Tartu_pedagoogiumi_aruanded, lk 26
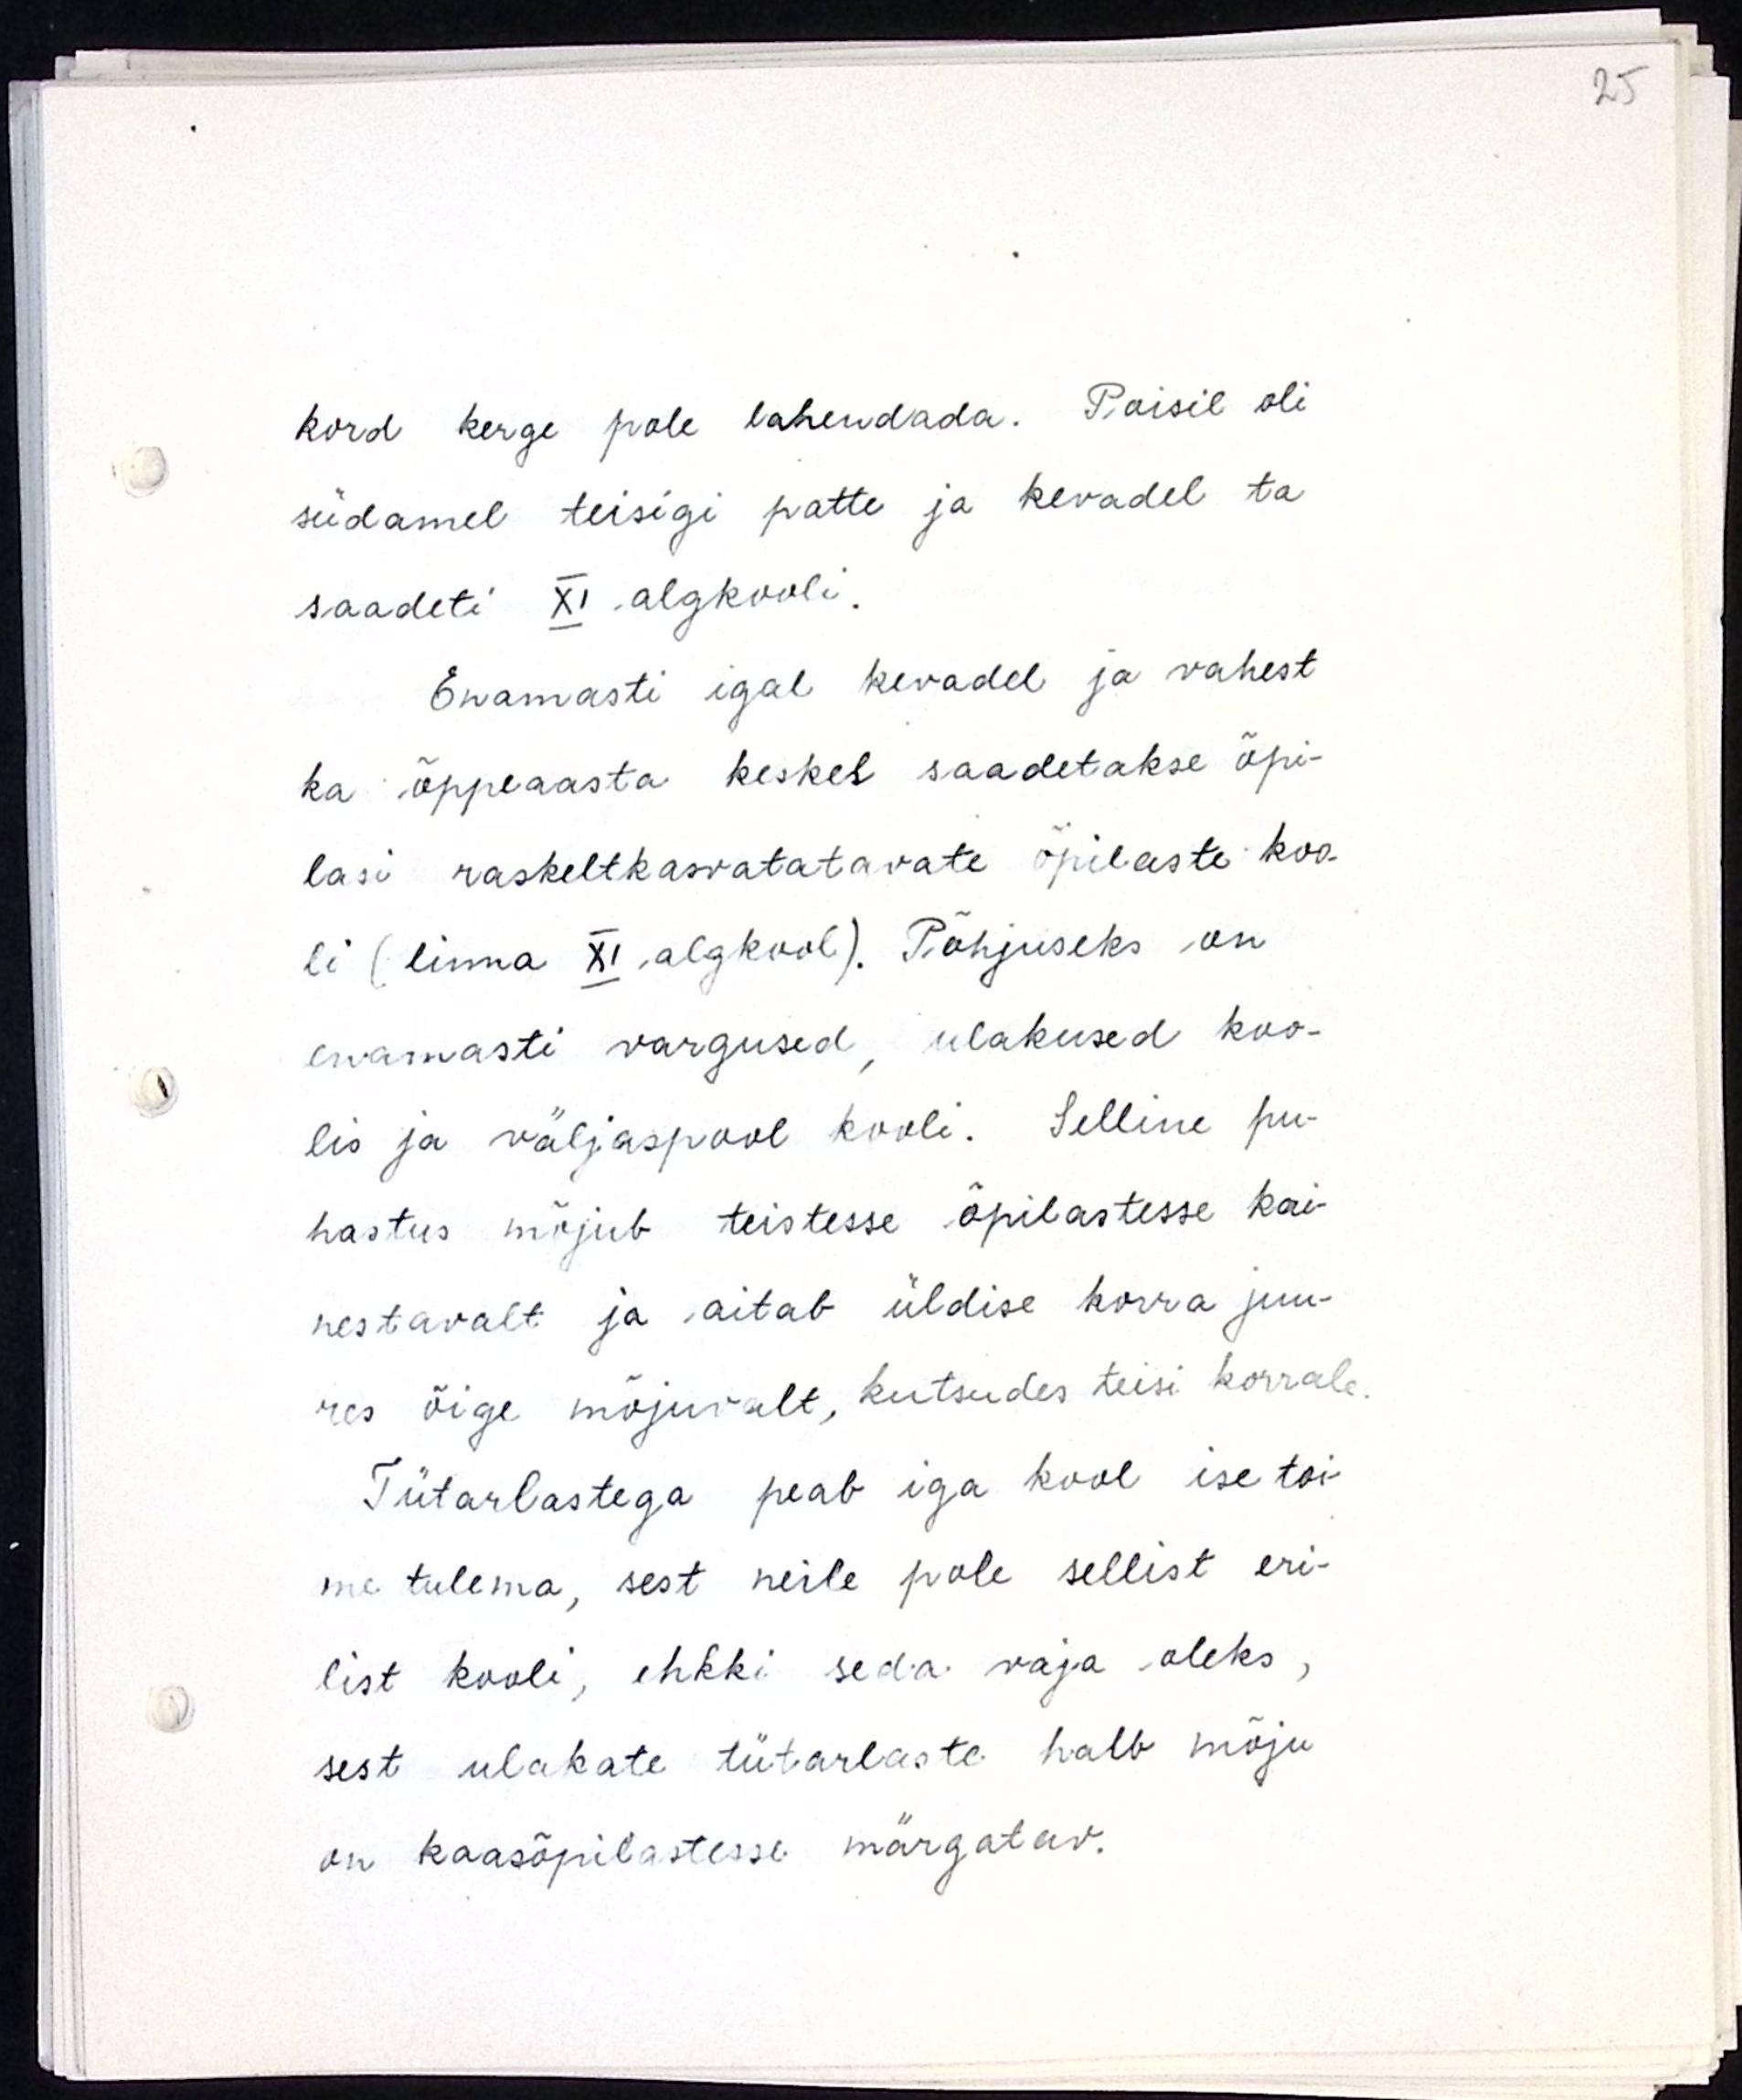
kord kerge pole lahendada. Poisil oli
südamel teisigi patte ja kevadel ta
saadeti XI algkooli.
Enamasti igal kevadel ja vahest
ka õppeaasta keskel saadetakse õpi-
lasi raskeltkasvatatavate õpilaste koo-
li (linna XI algkool). Põhjuseks on
enamasti vargused, ulakused koo-
lis ja väljaspool kooli. Selline pu-
hastus mõjub teistesse õpilastesse kai-
nestavalt ja aitab üldise korra juu-
res õige mõjuvalt, kutsudes teisi korrale.
Tütarlastega peab iga kool ise toi-
me tulema, sest neile pole sellist eri-
list kooli, ehkki seda vaja oleks,
sest ulakate tütaraste halb mõju
on kaasõpilastesse märgatav.